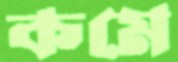
কমে